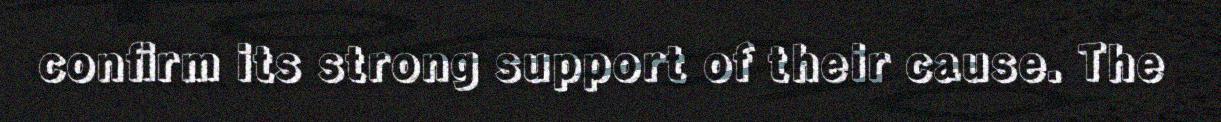
confirm its strong support of their cause. The